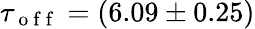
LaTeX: \tau_{\mathrm{~o~f~f~}}=(6.09\pm 0.25)